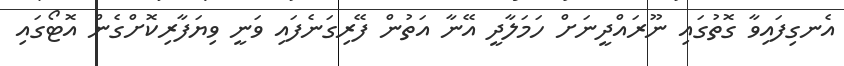
އެނގިފައިވާ ގޮތުގައި ނޫރައްދީނަށް ހަމަލާދީ އޭނާ އަތުން ފޭރިގަނެފައި ވަނީ ވިޔަފާރިކޮށްގެން އޮޓޯގައި